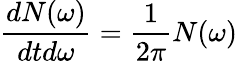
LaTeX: \frac{dN(\omega)}{dtd\omega}=\frac{1}{2\pi}N(\omega)